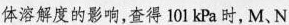
体溶解度的影响，查得101kPa时，M、N